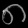
Digit: ၈